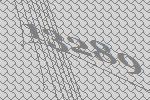
13289